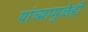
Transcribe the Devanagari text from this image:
यांच्यामुळेही